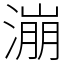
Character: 漰